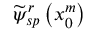
\widetilde { \psi } _ { s p } ^ { r } \left( x _ { 0 } ^ { m } \right)